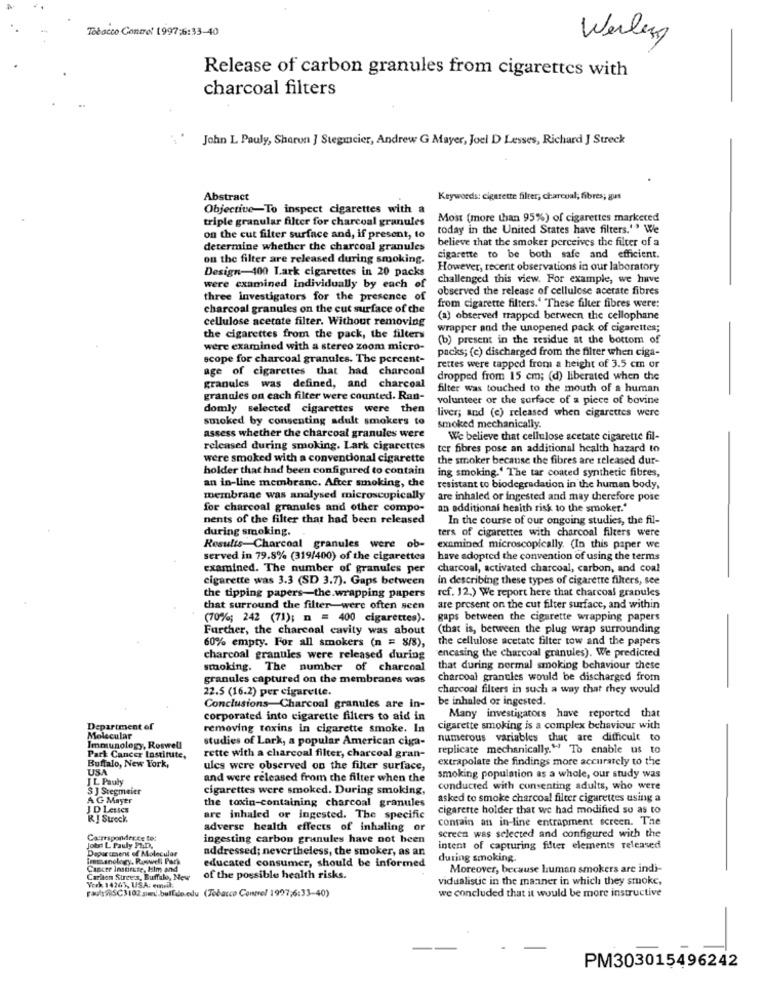
Tobacco Control 1997;6:33-40
Werden
Release of carbon granules from cigarettes with
charcoal filters
John L Pauly, Sharon ] Stegmcier, Andrew G Mayer, Joel D Lesses, Richard J Streck
Abstract
Keywords: cigarette filter, charcoal; fibres; gus
Objective-To inspect cigarettes with a
triple granular filter for charcoal granules
Most (more than 95%) of cigarettes marketed
today in the United States have filters." We
on the cut filter surface and, if present, to
believe that the smoker perceives the filter of a
determine whether the charcoal granules
on the filter are released during smoking.
cigarette to be both safe and efficient.
Design-400 Lark cigarettes in 20 packs
However, recent observations in our laboratory
challenged this view. For example, we have
were examined individually by each of
observed the release of cellulose acetate fibres
three investigators for the presence of
charcoal granules on the cut surface of the
from cigarette filters." These filter fibres were:
cellulose acetate filter. Without removing
(a) observed trapped between the cellophane
wrapper and the unopened pack of cigarettes;
the cigarettes from the pack, the filters
(b) present in the residue at the bottom of
were examined with a stereo zoom micro-
packs; (e) discharged from the filter when ciga-
scope for charcoal granules. The percent-
age of cigarettes that had charcoal
rettes were tapped from a height of 3.5 cm or
dropped from 15 cm; (d) liberated when the
granules was defined, and charcoal
filter was touched to the mouth of a human
granules on each filter were counted. Ran-
volunteer or the surface of a piece of bovine
domly selected cigarettes were then
liver; and (e) released when cigarettes were
smoked by consenting adult smokers to
smoked mechanically
assess whether the charcoal granules were
We believe that cellulose acetate cigarette fil-
released during smoking. Lark cigarettes
ter fibres pose an additional health hazard to
were smoked with a conventional cigarette
the smoker because the fibres are released dur-
holder that had been configured to contain
ing smoking." The tar coated synthetic fibres,
an in-line membranc. After smoking, the
resistant to biodegradation in the human body,
membrane was analysed microscopically
are inhaled or ingested and may therefore pose
for charcoal granules and other compo-
an additional health risk to the smoker."
nents of the filter that had been released
In the course of our ongoing studies, the fil-
during smoking.
ters of cigarettes with charcoal filters were
Results-Charcoal granules were ob-
examined microscopically. (In this paper we
served in 79.8% (319/400) of the cigarettes
have adopted the convention of using the terms
examined. The number of granules per
charcoal, activated charcoal, carbon, and coal
cigarette was 3.3 (SD 3.7). Gaps between
in describing these types of cigarette filters, see
ref. 12.) We report here that charcoal granules
the tipping papers-the.wrapping papers
that surround the filter-were often seen
are present on the cut filter surface, and within
(70%; 242 (71); n = 400 cigarettes).
gaps between the cigarette wrapping papers
Further, the charcoal cavity was about
(that is, between the plug wrap surrounding
60% empty. For all smokers (n = 8/8),
the cellulose acetate filter tow and the papers
"encasing the charcoal granules). We predicted
charcoal granules were released during
smoking. The number of charcoal
that during normal smoking behaviour these
granules captured on the membranes was
charcoal granules would be discharged from
22.5 (16.2) per cigarette.
charcoal filters in such a way that they would
be inhaled or ingested.
Conclusions-Charcoal granules are in-
Many investigators have reported that
corporated into cigarette filters to aid in
Department of
removing toxins in cigarette smoke. In
cigarette smoking is a complex behaviour with
Molecular
studies of Lark, a popular American ciga-
numerous variables that are difficult to
Immunology, Roswell
replicate mechanically." To enable us to
Buffalo, New York,
Park Cancer Institute,
rette with a charcoal filter, charcoal gran-
extrapolate the findings more accurately to the
USA
ules were observed on the filter surface,
IL Pauly
and were released from the filter when the
smoking population as a whole, our study was
S ] Stegmaier
cigarettes were smoked. During smoking,
conducted with consenting adults, who were
AG Mayer
asked to smoke charcoal filter cigarettes using a
JD Lesses
the toxin-containing charcoal granules
cigarette holder that we had modified so as to
R J Strock
are inhaled or ingested. The specific
contain an in-line entrapment screen. The
adverse health effects of inhaling or
Cacresponder.ce tot
ingesting carbon granules have not been
screen was selected and configured with the
Jobs L Pauly PAD.
Department of Molecular
addressed; nevertheless, the smoker, as an
intent of capturing fiter elements released
immanology, Roswell Park
during smoking.
Cancer Institute, Him and
educated consumer, should be informed
Moreover, because human smokers are indi-
Carlton Strees, Buffalo, New
Verk 14265, USA: email:
of the possible health risks.
vidualistic in the manner in which they stoke,
we concluded that it would be more instructive
ranSC3102 simi.bulllo.edu (Tobacco Control 1997;6:33-40)
PM303015496242